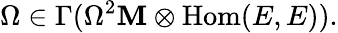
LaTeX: \Omega\in\Gamma(\Omega^{2}\mathbf{M}\otimes{\mathrm{{Hom}}}(E,E)).